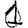
Digit: 1